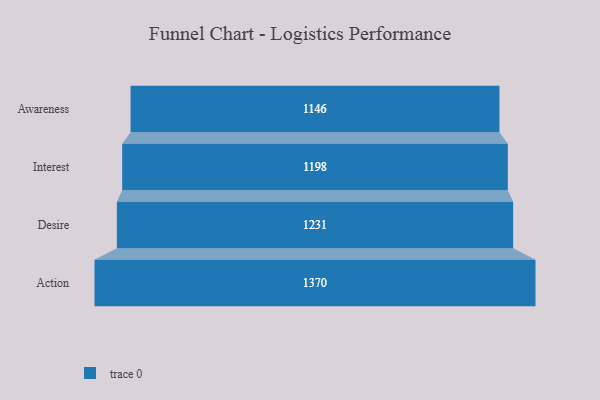
{"axis": {"x": "Stage", "y": "Value"}, "legend": [""], "data": [{"x": "Awareness", "y": 1146.0, "type": ""}, {"x": "Interest", "y": 1198.0, "type": ""}, {"x": "Desire", "y": 1231.0, "type": ""}, {"x": "Action", "y": 1370.0, "type": ""}]}